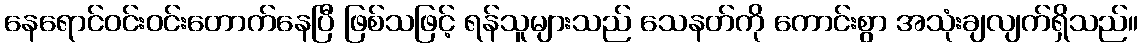
နေရောင်ဝင်းဝင်းတောက်နေပြီ ဖြစ်သဖြင့် ရန်သူများသည် သေနတ်ကို ကောင်းစွာ အသုံးချလျက်ရှိသည်။